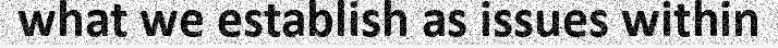
what we establish as issues within